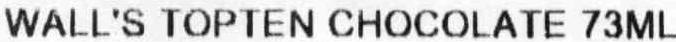
WALL'S TOPTEN CHOCOLATE 73ML